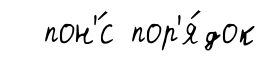
пон'́с пор'я́док